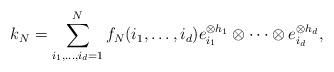
LaTeX: \begin{align*} k_N = \sum_{i_1,\dots,i_d=1}^{N}f_N(i_1,\dots,i_d)e_{i_1}^{\otimes h_1}\otimes \cdots \otimes e_{i_d}^{\otimes h_d}, \end{align*}